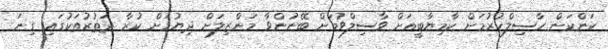
ކަންކަން ހާސިލްކުރުމަށް ކާމިޔާބީއަށް ވާސިލްވުމަށް ބޭނުންވާ މަންޒިލަށް ދިޔުމަށް ކުރާ ދަތުރުތަކުގައި ގިނަ